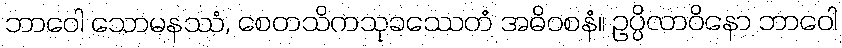
ဘာဝေါ သောမနဿံ, စေတသိကသုခဿေတံ အဓိဝစနံ။ ဥပ္ပိလာဝိနော ဘာဝေါ